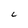
Character: C